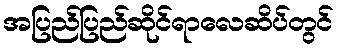
အပြည်ပြည်ဆိုင်ရာလေဆိပ်တွင်